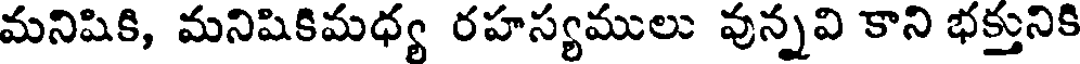
మనిషికి, మనిషికిమధ్య రహస్యములు వున్నవి కాని భక్తునికి